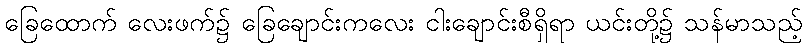
ခြေထောက် လေးဖက်၌ ခြေချောင်းကလေး ငါးချောင်းစီရှိရာ ယင်းတို့၌ သန်မာသည့်